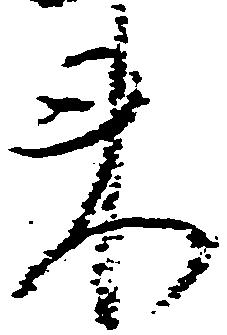
来